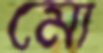
মো